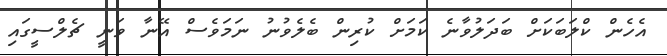
އެހެން ކްލަބަކަށް ބަދަލުވާނެ ކަމަށް ކުރިން ބެލެވުނު ނަމަވެސް އޭނާ ވަނީ ޗެލްސީގައި